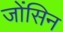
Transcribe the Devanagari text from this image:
जोंसिन